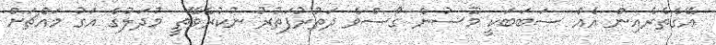
އޭގެތެރެއިން އެއް ސަބަބަކީ މޫސުން ގޯސްވެ ދަތުރުފަތުރު ނުކުރެވޭތީ މުދަލުގެ އަގު މައްޗަށް